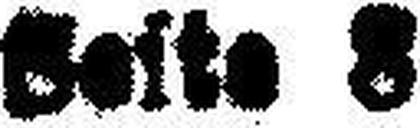
Seite 8